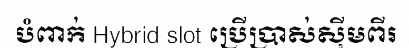
បំពាក់ Hybrid slot ប្រើប្រាស់ស៊ីមពីរ